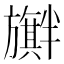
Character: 𪰃